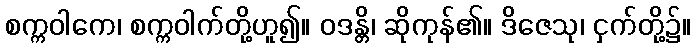
စက္ကဝါကေ၊ စက္ကဝါက်တို့ဟူ၍။ ဝဒန္တိ၊ ဆိုကုန်၏။ ဒိဇေသု၊ ငှက်တို့၌။